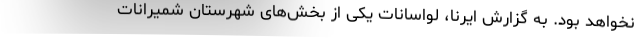
نخواهد بود. به گزارش ایرنا، لواسانات یکی از بخش‌های شهرستان شمیرانات